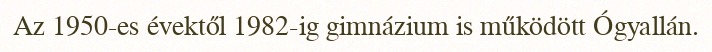
Az 1950-es évektől 1982-ig gimnázium is működött Ógyallán.